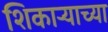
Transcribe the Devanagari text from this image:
शिकाऱ्याच्या